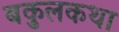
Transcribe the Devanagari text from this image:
बकुलकथा